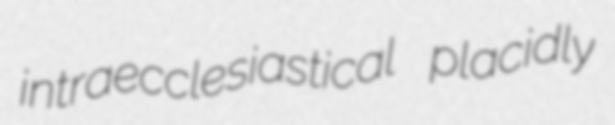
intraecclesiastical placidly